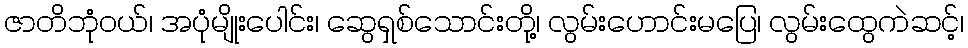
ဇာတိဘုံဝယ်၊ အပုံမျိုးပေါင်း၊ ဆွေရှစ်သောင်းတို့၊ လွမ်းဟောင်းမပြေ၊ လွမ်းထွေကဲဆင့်၊